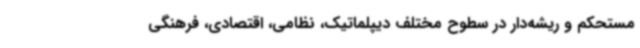
مستحکم و ریشه‌دار در سطوح مختلف دیپلماتیک، نظامی،‌ اقتصادی،‌ فرهنگی